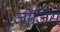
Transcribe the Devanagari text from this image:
जोंजिस